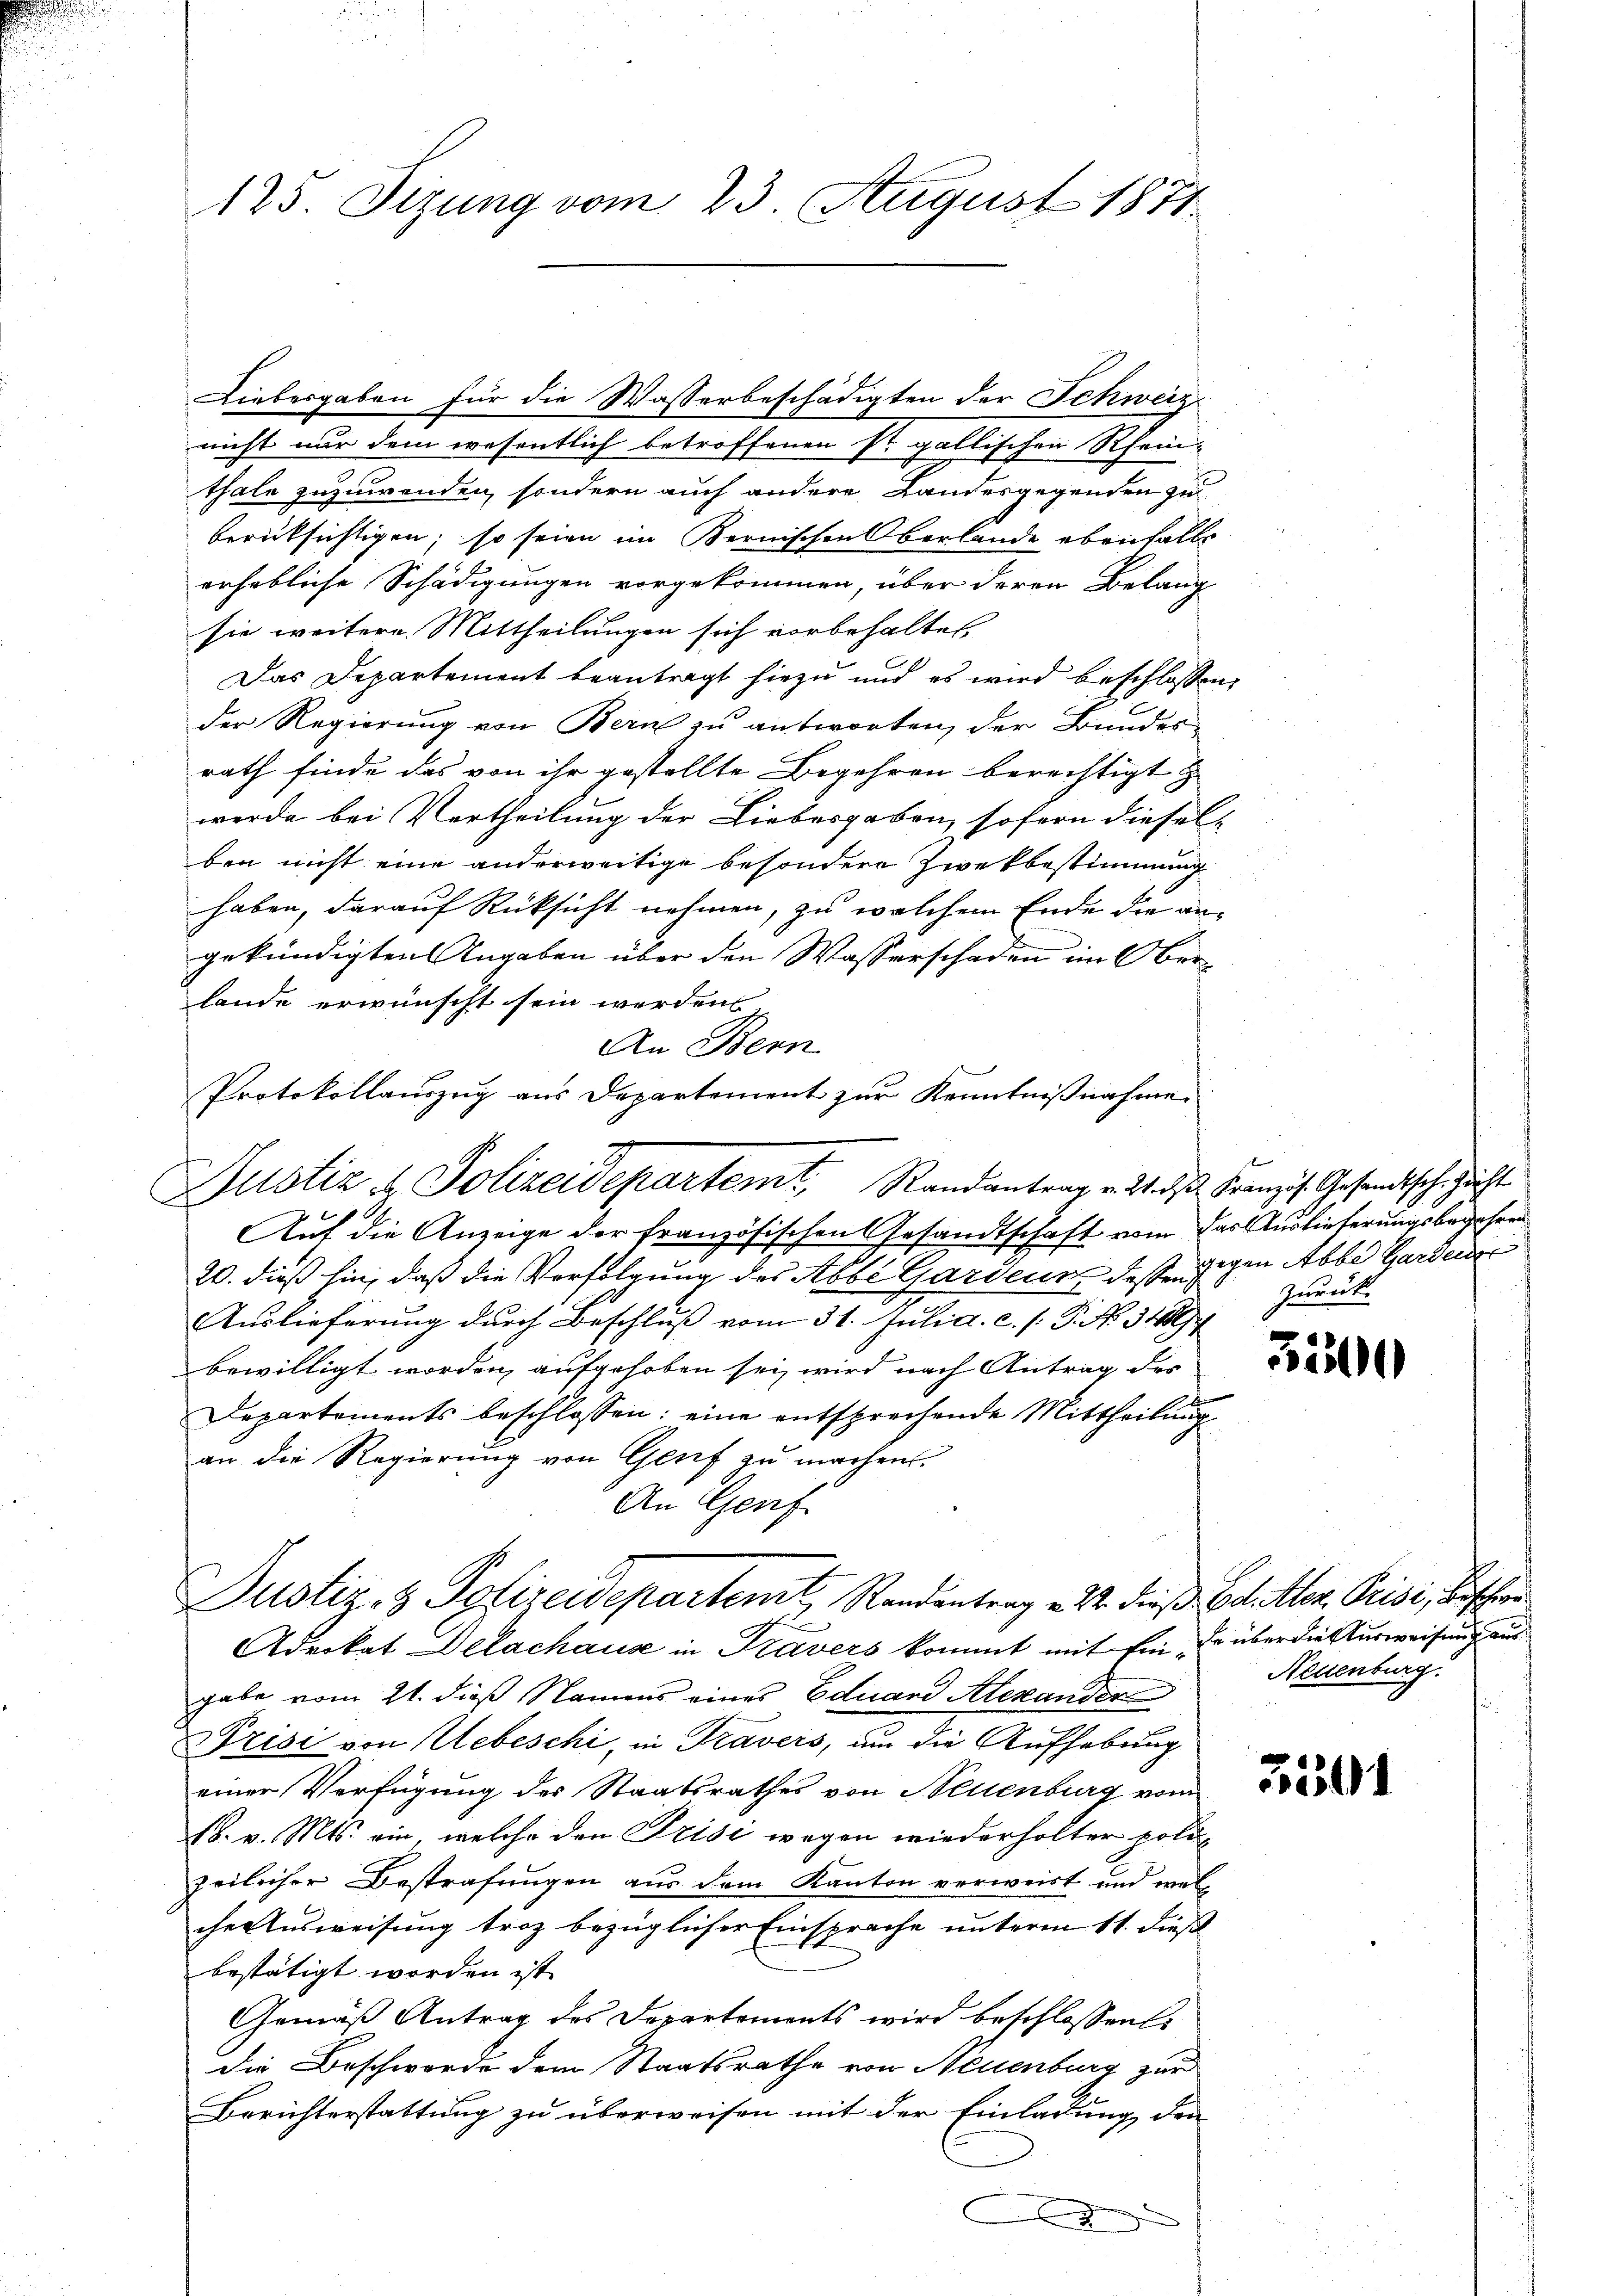
Liebesgaben für die Wasserbeschädigten der Schweiz
nicht nur dem wesentlich betroffenen sr. gallischen Rhein-
thale zuzuwenden, sondern auch andere Landesgegenden zu
berücksichtigen; so seien im Bernischen Oberlande ebenfalle
erhebliche Schädigungen vorgekommen, über deren Belang
sie weitere Mittheilungen sich vorbehalten,
Das Departement beantragt hiezu und es wird beschlossen
Der Regierung von Bern zu antworten, der Bundesrath finde das von ihr gestellte Begehren berechtigt
werde bei Vertheilung der Liebesgaben, sofern diesel
ben nicht eine anderweitige besondere Zwekbestimmung
haben, darauf Rücksicht nehmen, zu welchem Ende die an
gekündigten Angaben über den Wasserschaden im Oberlande erwünscht sein werden
An Bern
Auf die Anzeige der französischen Gesandtschaft vom das Auslieferungsbegehren
20. dieß hin, daß die Verfolgung des Abbe Gardenn desse gegen Abbe Garden
Auslieferung durch Beschluß vom 31. Juli a. c. s. S. No. 319
bewilligt worden, aufgehoben sei, wird nach Antrag des
Departements beschlossen: eine entsprechende Mittheilung
an die Regierung von Genf zu machen.
An Genf
Justiz- & Polizeidepartent, Randantrag v. M. dieß Bd. Iler, Prise, bisher
f
Advokat Delachaus in Kravers kommt mit fin Er über dieserweisung aus
gabe vom 21. dieß Namens eines Eduard Alexander
Prisi von Uebeschi, in Travers, um die Aufhebung
einer Verfügung des Staatsrathes von Neuenburg vom
18. v. Mts. ein, welche den Prisi wegen wiederholter poli-
zeilicher Bestrafungen aus dem Kanton verweist und welche Ausweisung troz bezüglicher Einsprache unterm 11. dieß
bestätigt worden ist.
Gemäß Antrag des Departements wird beschlossen:
die Beschwerde dem Staatsrathe von Neuenburg zur
Berichterstattung zu überweisen mit der Einladung den
.

125. Sizung vom 23. August 1871

Protokollauszug aus Departement zur Kenntnißnahme
.
Rustiz & Polizeidepartemt, Randantrag v. 2. dβ Französ. Gesandtsch. Zieht

zurück.

2

3200

Neuenburg

3501